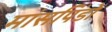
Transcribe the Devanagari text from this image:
मांसपिंडों